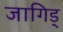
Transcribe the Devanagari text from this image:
जागिड्